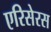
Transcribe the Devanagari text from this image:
एरिसेरस